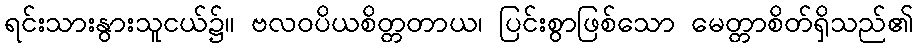
ရင်းသားနွားသူငယ်၌။ ဗလဝပိယစိတ္တတာယ၊ ပြင်းစွာဖြစ်သော မေတ္တာစိတ်ရှိသည်၏